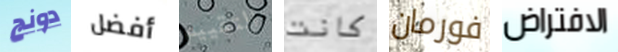
دونج أفضل التقييم كانت فورمان الافتراض